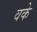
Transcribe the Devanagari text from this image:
वके